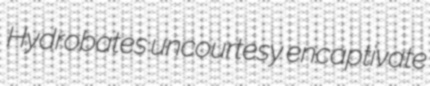
Hydrobates uncourtesy encaptivate